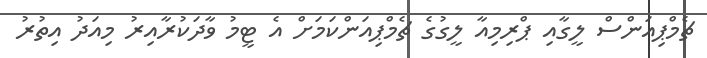
ޗެމްޕިއަންސް ލީގާއި ޕްރިމިއާ ލީގުގެ ޗެމްޕިއަންކަމަށް އެ ޓީމު ވާދަކުރާއިރު މިއަދު އިތުރު